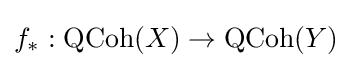
f_{*}:{\textrm {QCoh}}(X)\to {\textrm {QCoh}}(Y)